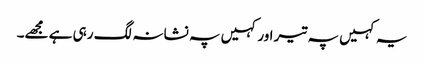
یہ کہیں پہ تیر اور کہیں پہ نشانہ لگ رہی ہے مجھے۔